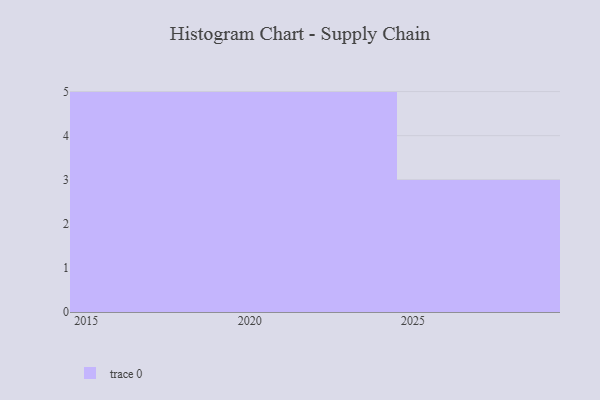
{"axis": {"x": "Year", "y": "Backlog"}, "legend": [""], "data": [{"x": "2020", "y": 85, "type": ""}, {"x": "2018", "y": 82, "type": ""}, {"x": "2019", "y": 61, "type": ""}, {"x": "2024", "y": 83, "type": ""}, {"x": "2015", "y": 36, "type": ""}, {"x": "2026", "y": 58, "type": ""}, {"x": "2023", "y": 66, "type": ""}, {"x": "2021", "y": 22, "type": ""}, {"x": "2028", "y": 19, "type": ""}, {"x": "2022", "y": 57, "type": ""}, {"x": "2017", "y": 100, "type": ""}, {"x": "2016", "y": 65, "type": ""}, {"x": "2029", "y": 97, "type": ""}]}